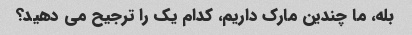
بله، ما چندین مارک داریم، کدام یک را ترجیح می دهید؟